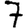
Digit: 7